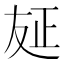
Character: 𠭅